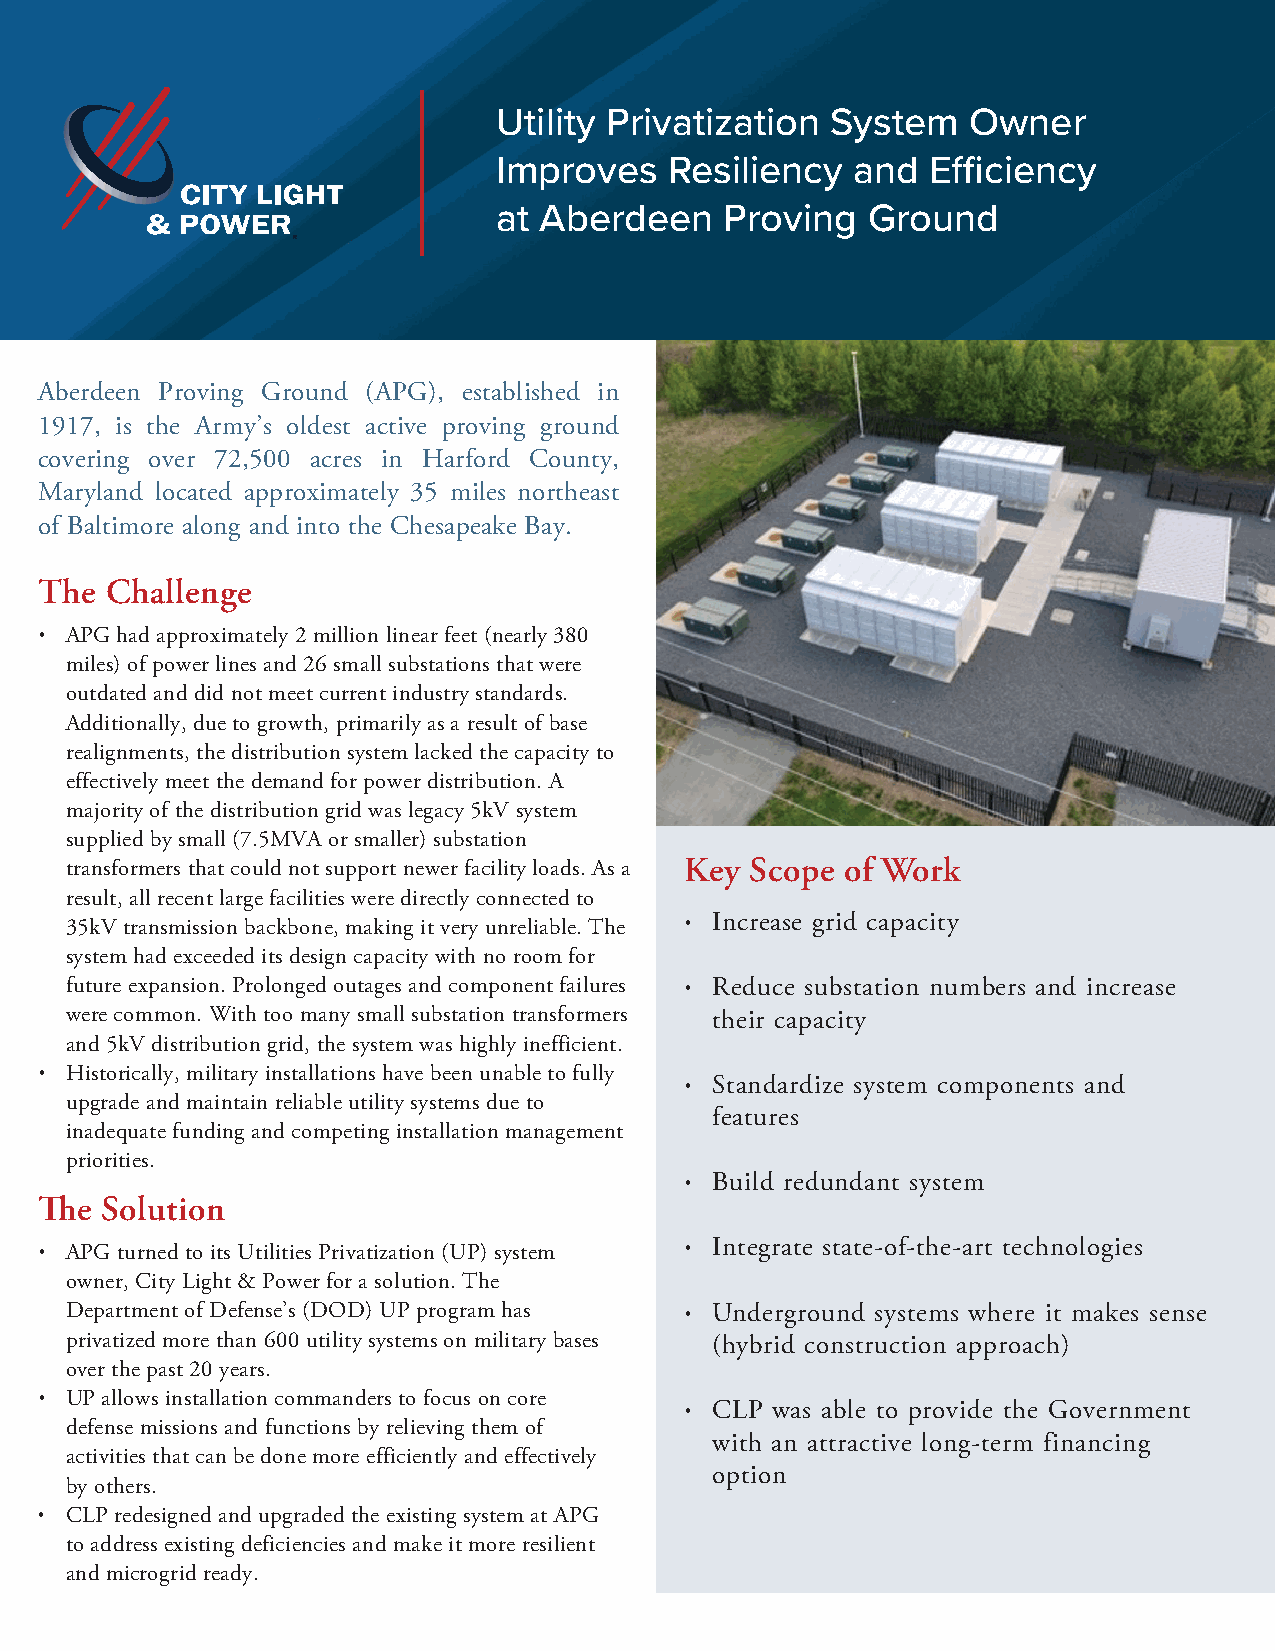
Utility Privatization System   Owner
 Improves   Resiliency  and   Efficiency
 at Aberdeen    Proving  Ground
 Aberdeen Proving Ground (APG), established in
 1917, is the Army’s oldest active proving ground
 covering over 72,500 acres in Harford County,
 Maryland located approximately 35 miles northeast
 of Baltimore along and into the Chesapeake Bay.
 The  Challenge
 • APG had approximately 2 million linear feet (nearly 380
 miles) of power lines and 26 small substations that were
 outdated and did not meet current industry standards.
 Additionally, due to growth, primarily as a result of base
 realignments, the distribution system lacked the capacity to
 effectively meet the demand for power distribution. A
 majority of the distribution grid was legacy 5kV system
 supplied by small (7.5MVA or smaller) substation
 transformers that could not support newer facility loads. As a Key Scope of Work
 result, all recent large facilities were directly connected to
 35kV transmission backbone, making it very unreliable. The • Increase grid capacity
 system had exceeded its design capacity with no room for
 future expansion. Prolonged outages and component failures Reduce substation numbers and increase
 •
 were common. With too many small substation transformers their capacity
 and 5kV distribution grid, the system was highly inefficient.
 • Historically, military installations have been unable to fully
 Standardize system components and
 •
 upgrade and maintain reliable utility systems due to
 features
 inadequate funding and competing installation management
 priorities.
 Build redundant system
 •
 The  Solution
 Integrate state-of-the-art technologies
 • APG turned to its Utilities Privatization (UP) system •
 owner, City Light & Power for a solution. The
 Department of Defense’s (DOD) UP program has Underground systems where it makes sense
 •
 privatized more than 600 utility systems on military bases (hybrid construction approach)
 over the past 20 years.
 • UP allows installation commanders to focus on core
 CLP was able to provide the Government
 •
 defense missions and functions by relieving them of
 with an attractive long-term financing
 activities that can be done more efficiently and effectively
 option
 by others.
 • CLP redesigned and upgraded the existing system at APG
 to address existing deficiencies and make it more resilient
 and microgrid ready.